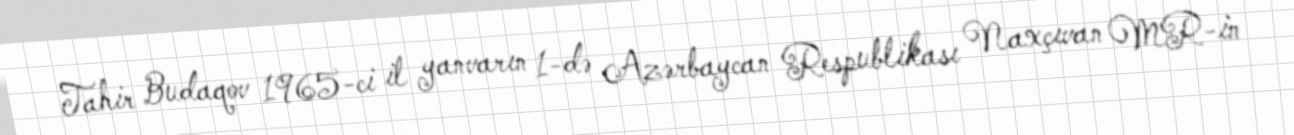
Tahir Budaqov 1965-ci il yanvarın 1-də Azərbaycan Respublikası Naxçıvan MR-in